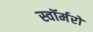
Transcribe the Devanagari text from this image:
स्वॉर्मरों